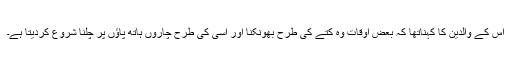
اس کے والدین کا کہناتھا کہ بعض اوقات وہ کتے کی طرح بھونکنا اور اسی کی طرح چاروں ہاتھ پاؤں پر چلنا شروع کردیتا ہے۔